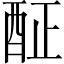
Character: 𨠣